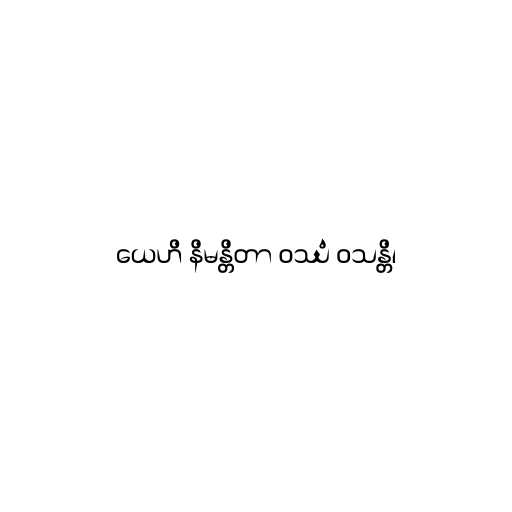
ယေဟိ နိမန္တိတာ ဝဿံ ဝသန္တိ၊